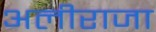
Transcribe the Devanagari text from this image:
अलीराजा